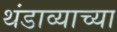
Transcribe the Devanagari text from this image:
थंडाव्याच्या